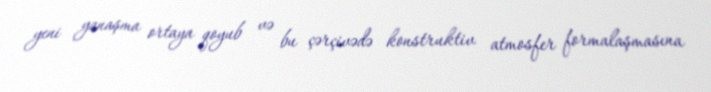
yeni yanaşma ortaya qoyub və bu çərçivədə konstruktiv atmosfer formalaşmasına